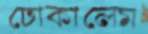
ঢোকালেম